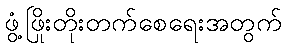
ဖွံ့ဖြိုးတိုးတက်စေရေးအတွက်